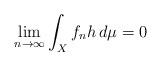
LaTeX: \begin{align*}\lim_{n\to \infty} \int_{X} f_n h\,d\mu=0\end{align*}